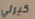
كيرلي